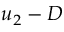
u _ { 2 } - D